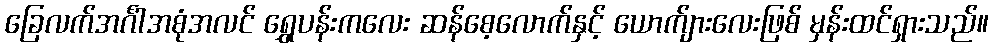
ခြေလက်အင်္ဂါအစုံအလင် ရွှေပန်းကလေး ဆန်စေ့လောက်နှင့် ယောက်ျားလေးဖြစ် မှန်းထင်ရှားသည်။